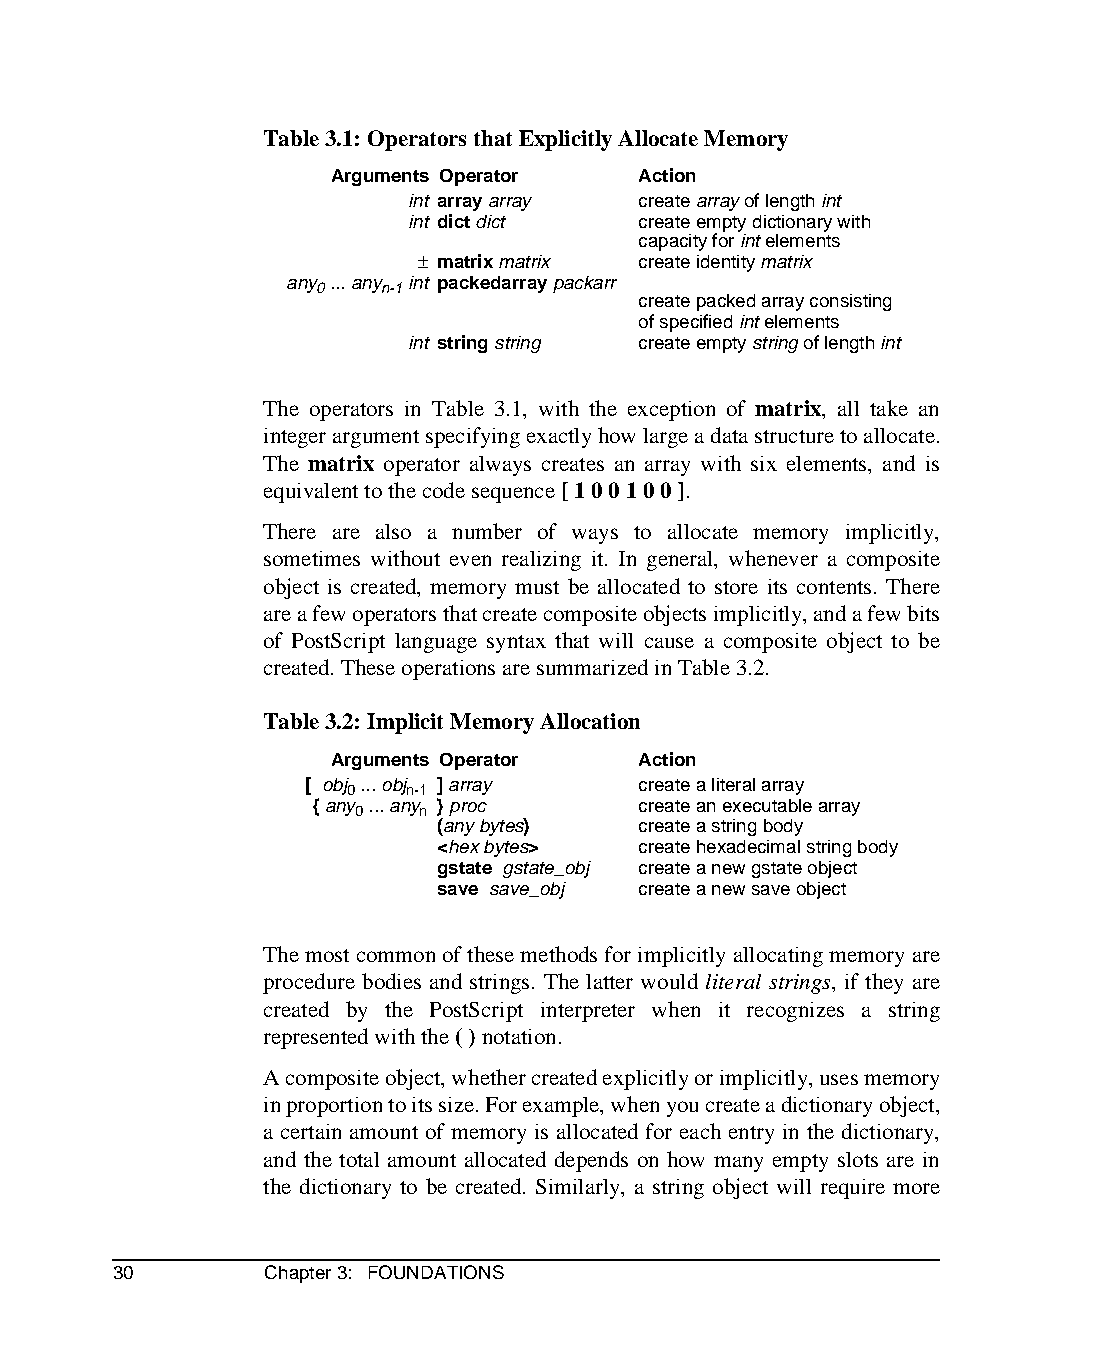
Table 3.1: Operators that Explicitly Allocate Memory
 Arguments Operator  Action
 intarray array create array of length int
 intdict dict   create empty dictionary with
 capacity for int elements
 – matrix matrix create identity matrix
 any ... any intpackedarray packarr
 0   n-1
 create packed array consisting
 of specified int elements
 intstring string create empty string of length int
 The operators in Table 3.1, with the exception of matrix, all take an
 integer argument specifying exactly how large a data structure to allocate.
 The matrix operator always creates an array with six elements, and is
 equivalent to the code sequence [ 1 0 0 1 0 0 ].
 There are also a number of ways to allocate memory implicitly,
 sometimes without even realizing it. In general, whenever a composite
 object is created, memory must be allocated to store its contents. There
 are a few operators that create composite objects implicitly, and a few bits
 of PostScript language syntax that will cause a composite object to be
 created. These operations are summarized in Table 3.2.
 Table 3.2: Implicit Memory Allocation
 Arguments Operator  Action
 [ obj ... obj ] array create a literal array
 0   n-1
 { any ... any } proc  create an executable array
 0   n
 (any bytes)  create a string body
 <hex bytes>  create hexadecimal string body
 gstate gstate_obj create a new gstate object
 save save_obj create a new save object
 The most common of these methods for implicitly allocating memory are
 procedure bodies and strings. The latter would literal strings, if they are
 created by the PostScript interpreter when it recognizes a string
 represented with the ( ) notation.
 A composite object, whether created explicitly or implicitly, uses memory
 in proportion to its size. For example, when you create a dictionary object,
 a certain amount of memory is allocated for each entry in the dictionary,
 and the total amount allocated depends on how many empty slots are in
 the dictionary to be created. Similarly, a string object will require more
 30        Chapter 3: FOUNDATIONS